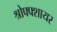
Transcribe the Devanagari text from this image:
श्रोफ्फ्शायर